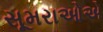
સૂમરાઓએ